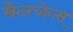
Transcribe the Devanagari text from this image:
स्त्रैत्जच्केत्स्